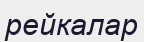
рейкалар